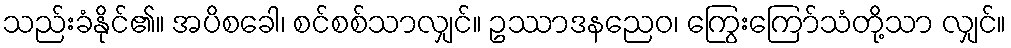
သည်းခံနိုင်၏။ အပိစခေါ၊ စင်စစ်သာလျှင်။ ဥဿာဒနညေဝ၊ ကြွေးကြော်သံတို့သာ လျှင်။